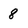
Character: 8